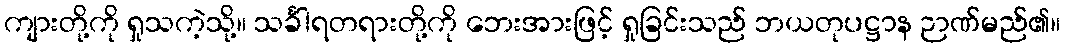
ကျားတို့ကို ရှုသကဲ့သို့။ သင်္ခါရတရားတို့ကို ဘေးအားဖြင့် ရှုခြင်းသည် ဘယတုပဋ္ဌာန ဉာဏ်မည်၏။